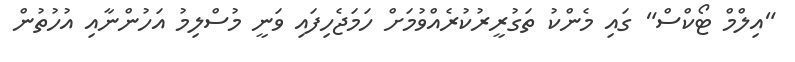
"އިލްމް ޓޯކްސް" ގައި މެންކު ތަގުރީރުކުރެއްވުމަށް ހަމަޖެހިފައި ވަނީ މުސްލިމު އަހުންނާއި އުހުތުން